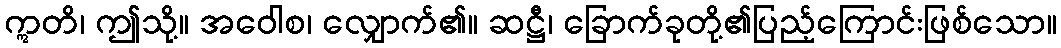
ဣတိ၊ ဤသို့။ အဝေါစ၊ လျှောက်၏။ ဆဋ္ဌီ၊ ခြောက်ခုတို့၏ပြည့်ကြောင်းဖြစ်သော။